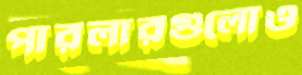
পারলারগুলোও